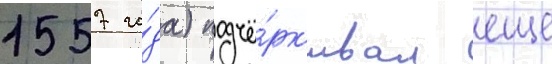
1557 го́да) подчё́рк'ивал еще